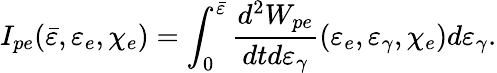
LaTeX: I_{pe}(\bar{\varepsilon},\varepsilon_{e},\chi_{e})=\int_{0}^{\bar{\varepsilon}}\frac{d^{2}W_{pe}}{dtd\varepsilon_{\gamma}}(\varepsilon_{e},\varepsilon_{\gamma},\chi_{e})d\varepsilon_{\gamma}.